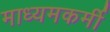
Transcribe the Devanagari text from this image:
माध्यमकर्मी